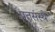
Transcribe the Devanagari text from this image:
पतसंस्थे